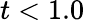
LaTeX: t<1.0